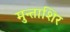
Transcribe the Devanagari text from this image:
मुन्ताशिर